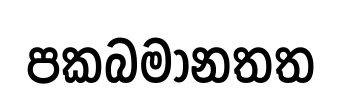
පකබමානතත